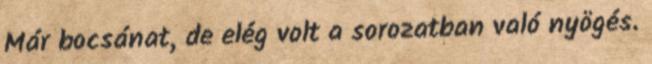
Már bocsánat, de elég volt a sorozatban való nyögés.